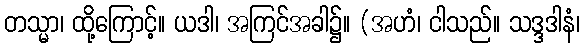
တသ္မာ၊ ထို့ကြောင့်။ ယဒါ၊ အကြင်အခါ၌။ (အဟံ၊ ငါသည်။ သဒ္ဒဒါနံ၊